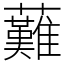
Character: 䕼